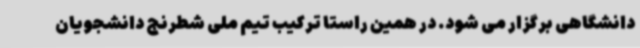
دانشگاهی برگزار می ‌شود. در همین راستا ترکیب تیم ملی شطرنج دانشجویان